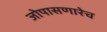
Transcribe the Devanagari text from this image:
जोपासणारेच